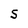
Character: S